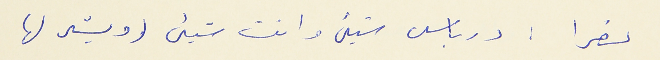
نصرا : درباس شيء وانت شيء (ويشر لها